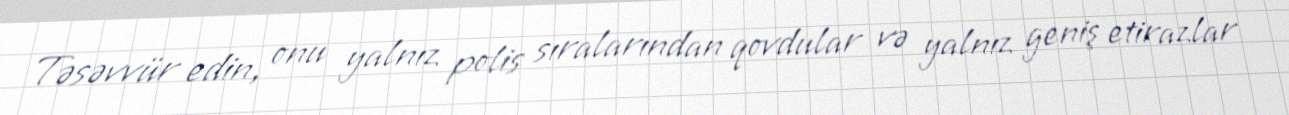
Təsəvvür edin, onu yalnız polis sıralarından qovdular və yalnız geniş etirazlar